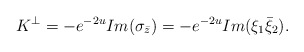
\begin{align*}K^{\bot}= -e^{-2u} Im (\sigma_{\bar{z}})= -e^{-2u}Im (\xi_1 \bar{\xi}_2).\end{align*}